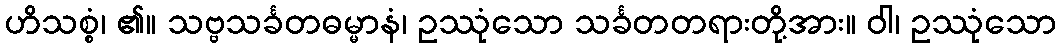
ဟိသစ္စံ၊ ၏။ သဗ္ဗသင်္ခတဓမ္မာနံ၊ ဥဿုံသော သင်္ခတတရားတို့အား။ ဝါ၊ ဥဿုံသော